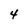
Character: 4